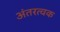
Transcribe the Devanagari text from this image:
अंतरत्वक